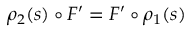
\rho _ { 2 } ( s ) \circ F ^ { \prime } = F ^ { \prime } \circ \rho _ { 1 } ( s )